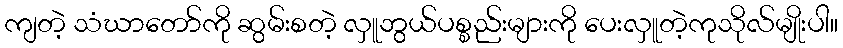
ကျတဲ့ သံဃာတော်ကို ဆွမ်းစတဲ့ လှူဘွယ်ပစ္စည်းများကို ပေးလှူတဲ့ကုသိုလ်မျိုးပါ။